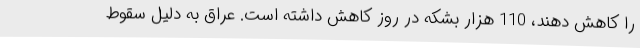
را کاهش دهند، 110 هزار بشکه در روز کاهش داشته است. عراق به دلیل سقوط